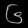
Digit: ၆